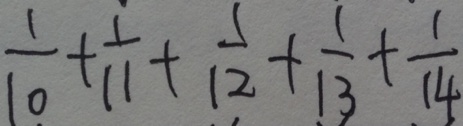
\frac { 1 } { 1 0 } + \frac { 1 } { 1 1 } + \frac { 1 } { 1 2 } + \frac { 1 } { 1 3 } + \frac { 1 } { 1 4 }